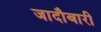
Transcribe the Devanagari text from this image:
जादौबारी